Annual statistical returns and brief notes on vaccination in Bengal - 1909-1929
Year: 1909
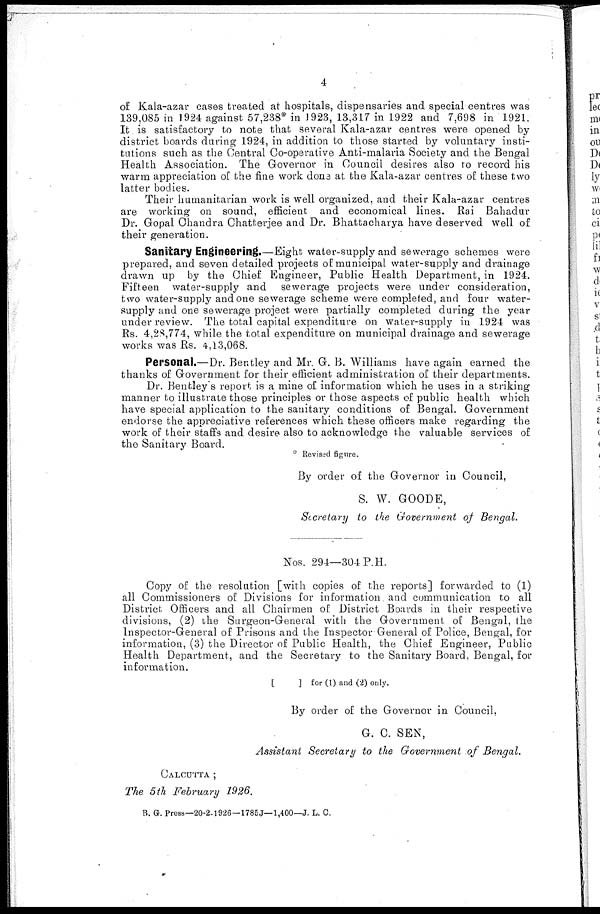
4
of Kala-azar cases treated at hospitals, dispensaries and special centres was
139,085 in 1924 against 57,238* in 1923, 13,317 in 1922 and 7,698 in 1921.
It is satisfactory to note that several Kala-azar centres were opened by
district boards during 1924, in addition to those started by voluntary insti-
tutions such as the Central Co-operative Anti-malaria Society and the Bengal
Health Association. The Governor in Council desires also to record his
warm appreciation of the fine work done at the Kala-azar centres of these two
latter bodies.
Their humanitarian work is well organized, and their Kala-azar centres
are working on sound, efficient and economical lines. Rai Bahadur
Dr. Gopal Chandra Chatterjee and Dr. Bhattacharya have deserved well of
their generation.
Sanitary Engineering.—Eight water-supply and sewerage schemes were
prepared, and seven detailed projects of municipal water-supply and drainage
drawn up by the Chief Engineer, Public Health Department, in 1924.
Fifteen water-supply and sewerage projects were under consideration,
two water-supply and one sewerage scheme were completed, and four water-
supply and one sewerage project were partially completed during the year
under review. The total capital expenditure on water-supply in 1924 was
Rs. 4,28,774, while the total expenditure on municipal drainage and sewerage
works was Rs. 4,13,068.
Personal.—Dr. Bentley and Mr. G. B. Williams have again earned the
thanks of Government for their efficient administration of their departments.
Dr. Bentley's report is a mine of information which he uses in a striking
manner to illustrate those principles or those aspects of public health which
have special application to the sanitary conditions of Bengal. Government
endorse the appreciative references which these officers make regarding the
work of their staffs and desire also to acknowledge the valuable services of
the Sanitary Board.
* Revised figure.
By order of the Governor in Council,
S. W. GOODE,
Secretary to the Government of Bengal.
Nos. 294—304 P.H.
Copy of the resolution [with copies of the reports] forwarded to (1)
all Commissioners of Divisions for information and communication to all
District Officers and all Chairmen of District Boards in their respective
divisions, (2) the Surgeon-General with the Government of Bengal, the
Inspector-General of Prisons and the Inspector General of Police, Bengal, for
information, (3) the Director of Public Health, the Chief Engineer, Public
Health Department, and the Secretary to the Sanitary Board, Bengal, for
information.
[
] for (1) and (2) only.
By order of the Governor in Council,
G. C. SEN,
Assistant Secretary to the Government of Bengal.
CALCUTTA ;
The 5th February 1926.
B. G. Press—20-2-1926—1785J—1,400— J. L. C.